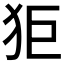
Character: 𤝙